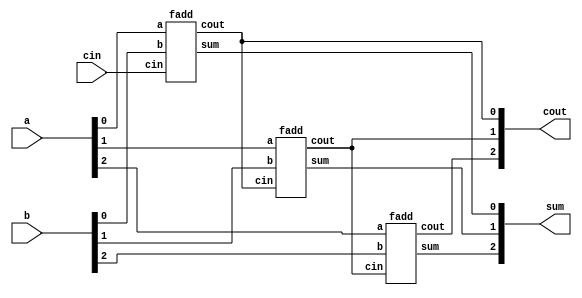
module top_module(
  input [2:0] a,b,
  input cin,
  output [2:0] cout,
  output [2:0] sum
);

fadd fadd1(
  .a(a[0]),
  .b(b[0]),
  .cin(cin),
  .cout(cout[0]),
  .sum(sum[0])
);

fadd fadd2(
  .a(a[1]),
  .b(b[1]),
  .cin(cout[0]),
  .cout(cout[1]),
  .sum(sum[1])
);

fadd fadd3(
  .a(a[2]),
  .b(b[2]),
  .cin(cout[1]),
  .cout(cout[2]),
  .sum(sum[2])
);
endmodule

module fadd(
  input a,b,cin,
  output sum, cout
);

assign sum = a^b^cin;
assign cout = (a&b)|(a&cin)|(b&cin);
//assign {cout,sum} = a+b+cin;

endmodule